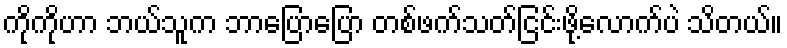
ကိုကိုဟာ ဘယ်သူက ဘာပြောပြော တစ်ဖက်သတ်ငြင်းဖို့လောက်ပဲ သိတယ်။